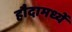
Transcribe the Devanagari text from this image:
हौदामध्यें